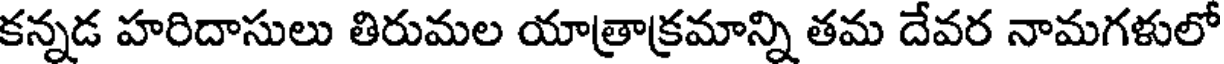
కన్నడ హరిదాసులు తిరుమల యాత్రాక్రమాన్ని తమ దేవర నామగళులో